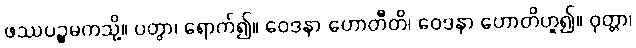
ဖဿပဉ္စမကသို့။ ပတွာ၊ ရောက်၍။ ဝေဒနာ ဟောတီတိ၊ ဝေဒနာ ဟောတိဟူ၍။ ဝုတ္တာ၊